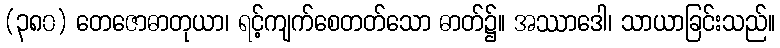
(၃၈၀) တေဇောဓာတုယာ၊ ရင့်ကျက်စေတတ်သော ဓာတ်၌။ အဿာဒေါ၊ သာယာခြင်းသည်။